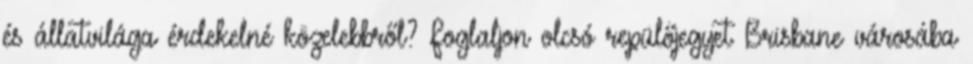
és állatvilága érdekelné közelebbről? Foglaljon olcsó repülőjegyet Brisbane városába